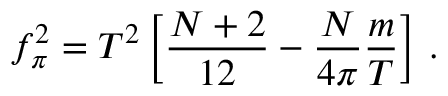
f _ { \pi } ^ { 2 } = T ^ { 2 } \left[ \frac { N + 2 } { 1 2 } - \frac { N } { 4 \pi } \frac { m } { T } \right] \, .